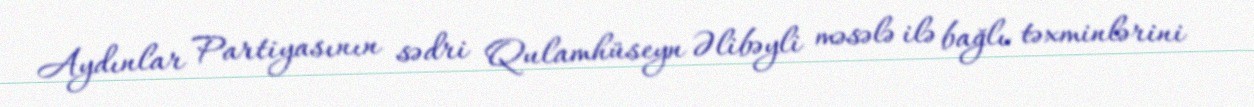
Aydınlar Partiyasının sədri Qulamhüseyn Əlibəyli məsələ ilə bağlı təxminlərini